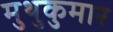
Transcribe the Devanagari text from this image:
मुथुकुमार